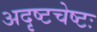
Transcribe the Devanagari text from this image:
अदृष्टचेष्टः